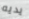
يديه